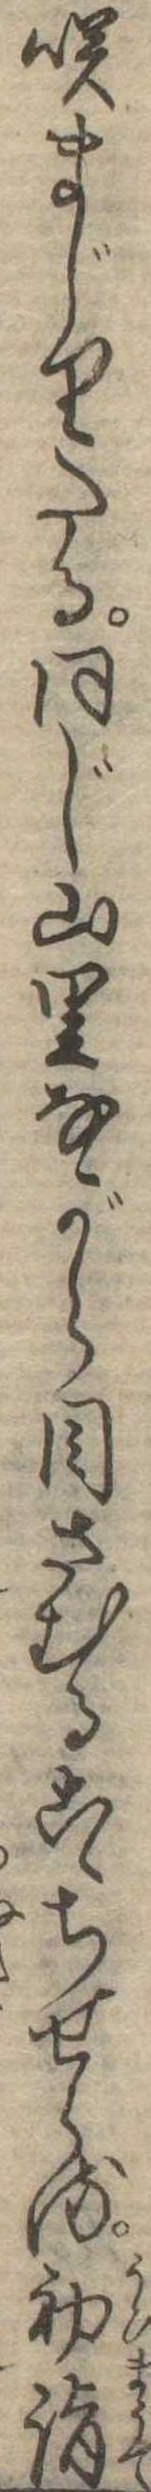
咲まじりたる同じ山里ながら目さむるこゝちせらる初詣